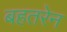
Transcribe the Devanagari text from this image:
बहतरेन